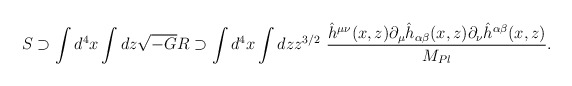
\begin{align*}S \supset \int d^4 x \int dz \sqrt{-G} R \supset\int d^4 x \int dz z^{3/2}~{\hat{h}^{\mu \nu}(x,z) \partial_\mu \hat{h}_{\alpha \beta}(x,z) \partial_\nu \hat{h}^{\alpha \beta}(x,z) \over M_{Pl}}.\end{align*}